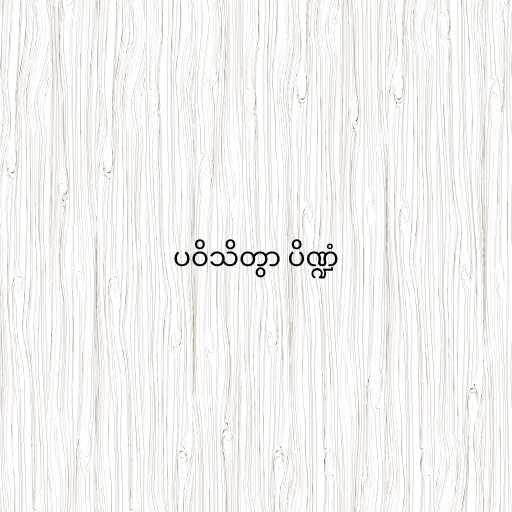
ပဝိသိတွာ ပိဏ္ဍံ